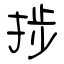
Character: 捗